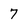
Character: 7